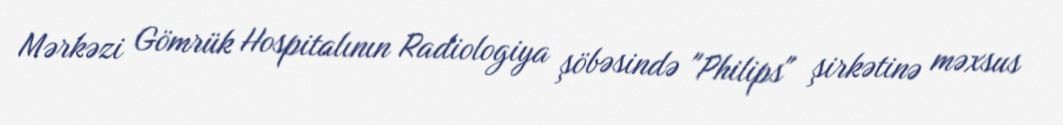
Mərkəzi Gömrük Hospitalının Radiologiya şöbəsində "Philips" şirkətinə məxsus